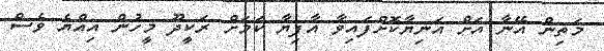
މަތިން އޭނާ އަށް އަނިޔާކޮށްފައިވާ އާފިޔާ ކަމަށް ރަކީދޫ މީހުން އިއްޔެ ވެސް